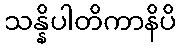
သန္နိပါတိကာနိပိ